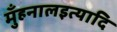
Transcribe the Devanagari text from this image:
मुँहनालइत्यादि